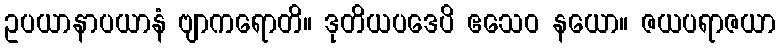
ဥပယာနာပယာနံ ဗျာကရောတိ။ ဒုတိယပဒေပိ ဧသေဝ နယော။ ဇယပရာဇယာ